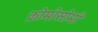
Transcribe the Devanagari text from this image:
क्रोमोसोमी